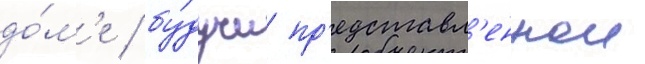
до́м'е / бу́дучи пр'едставл'еннои